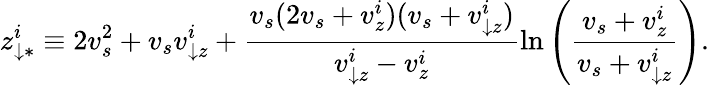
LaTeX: z_{\downarrow\ast}^{i}\equiv 2v_{s}^{2}+v_{s}v_{\downarrow z}^{i}+\frac{v_{s}(2v_{s}+v_{z}^{i})(v_{s}+v_{\downarrow z}^{i})}{v_{\downarrow z}^{i}-v_{z}^{i}}\ln\left(\frac{v_{s}+v_{z}^{i}}{v_{s}+v_{\downarrow z}^{i}}\right).